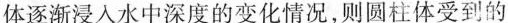
体逐渐浸入水中深度的变化情况，则圆柱体受到的